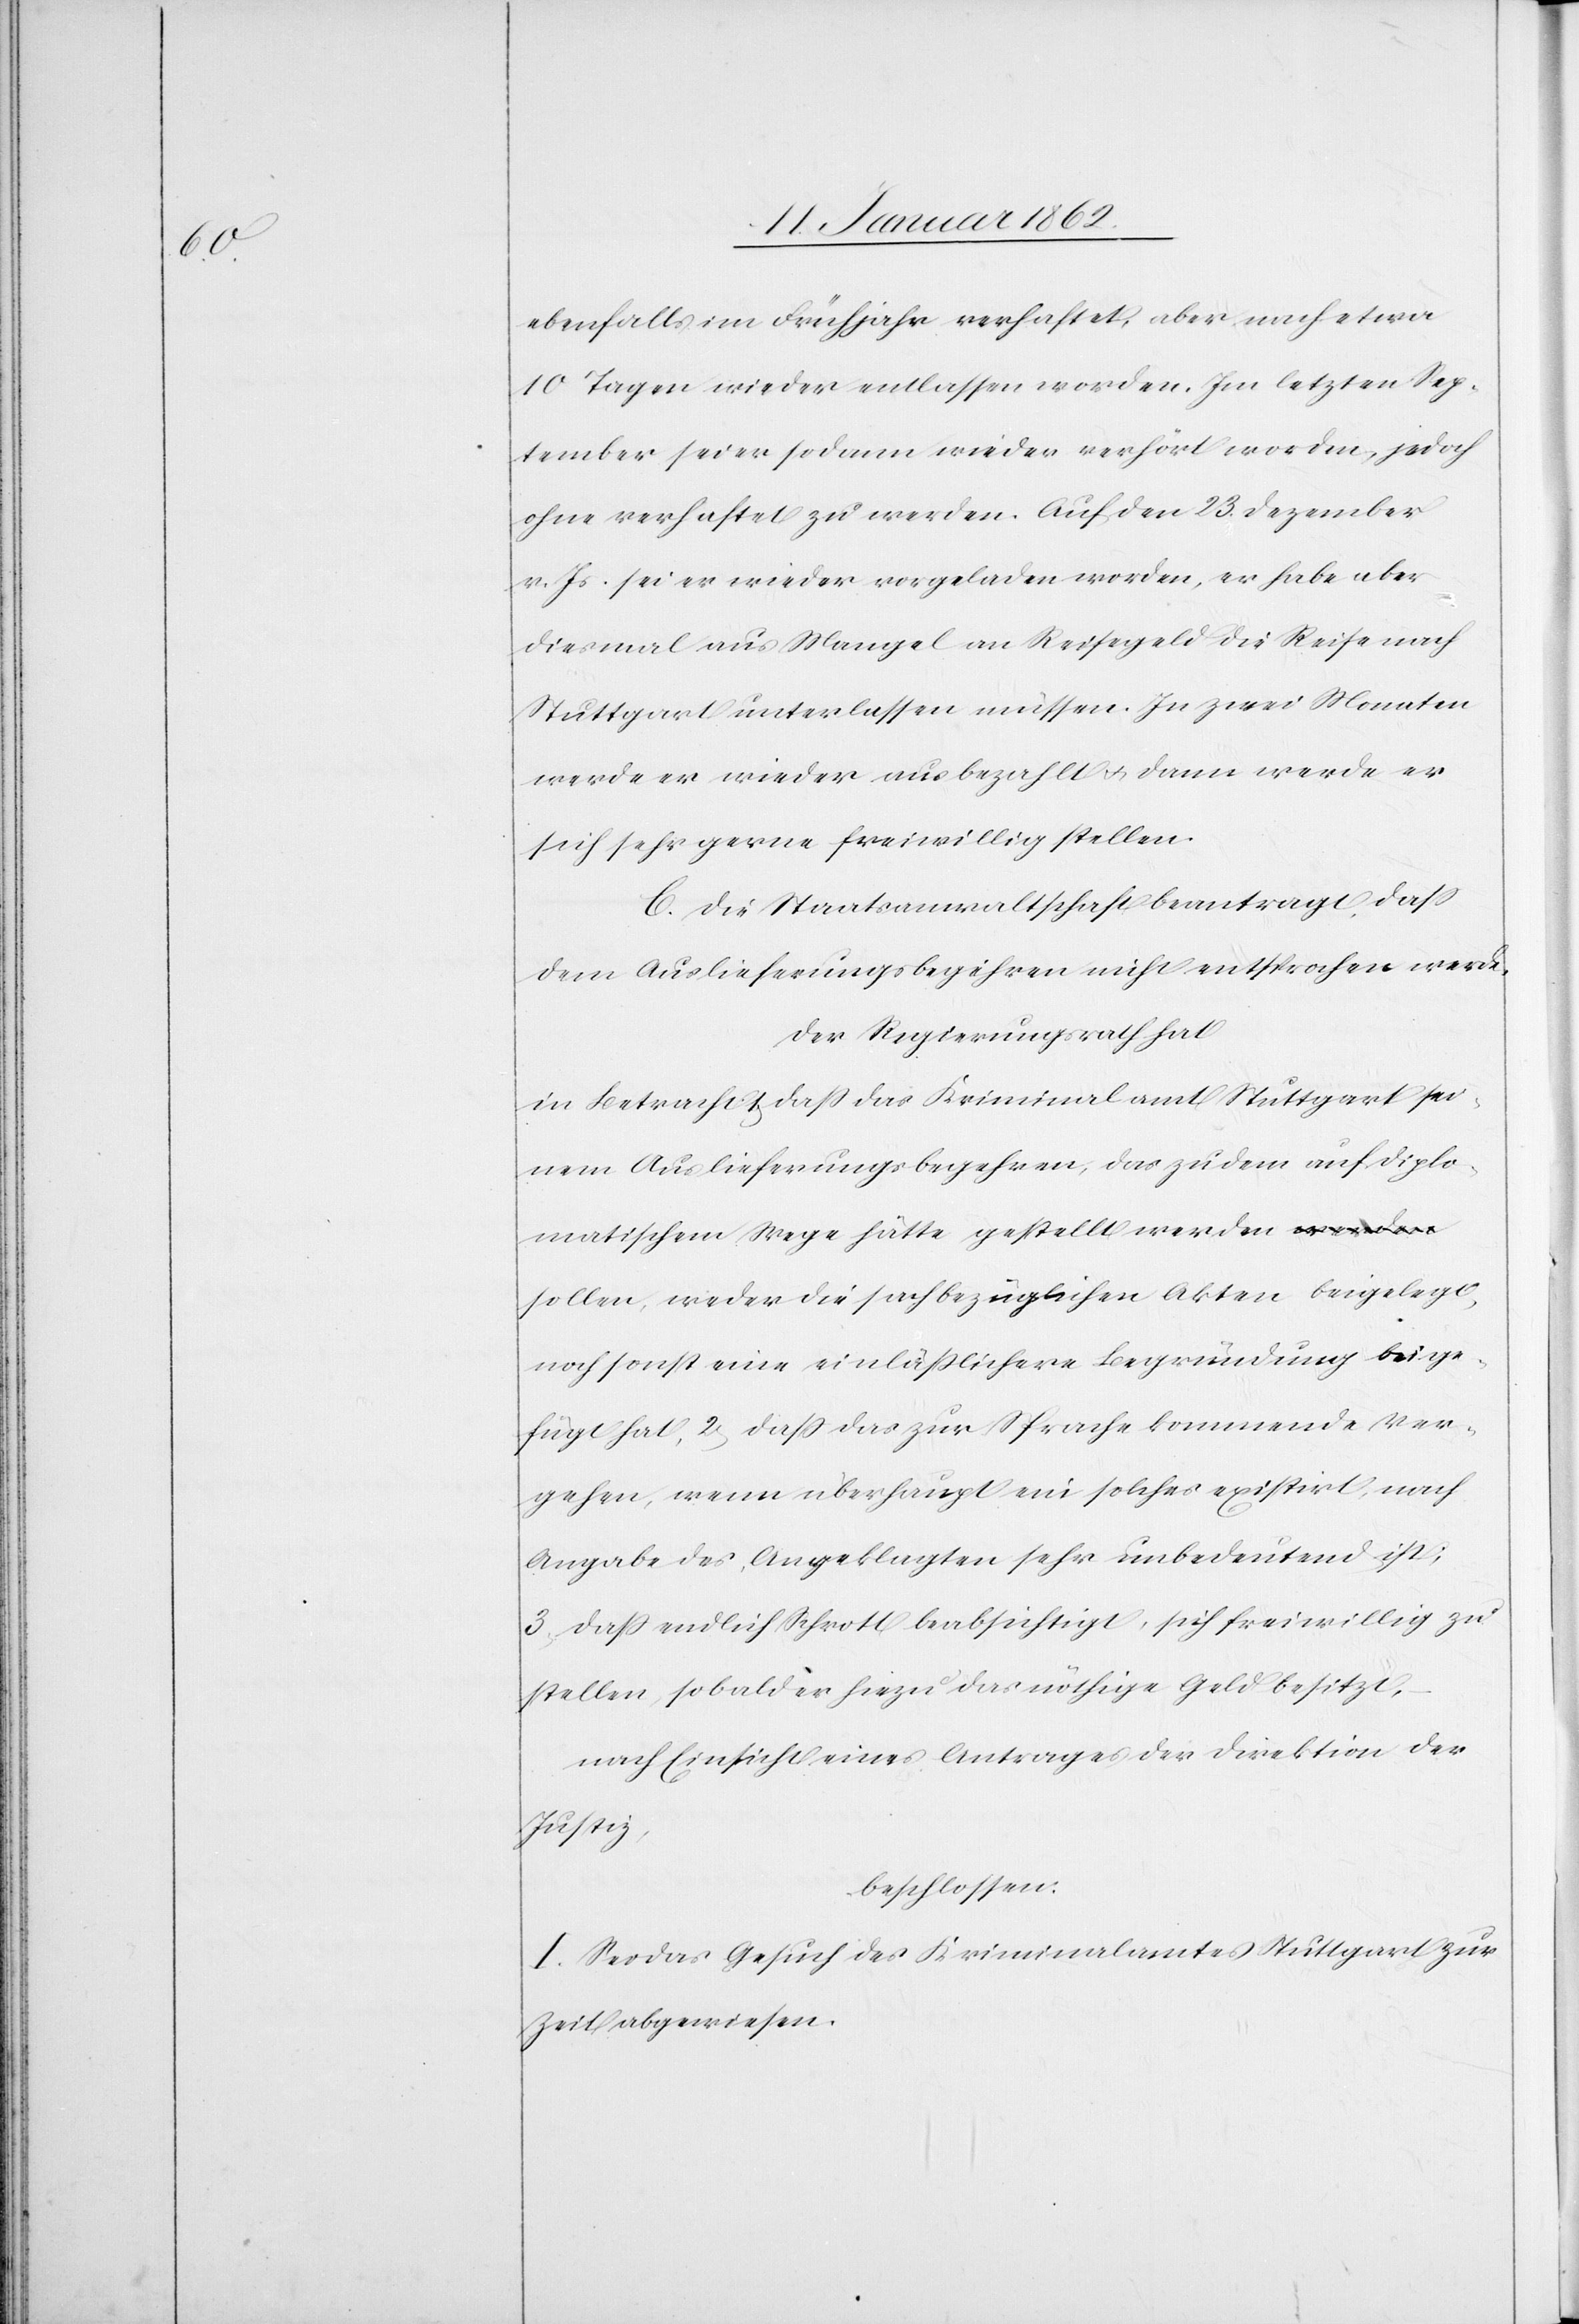
ebenfalls im Frühjahr verhaftet, aber nach etwa
10 Tagen wieder entlassen worden. Im letzten Sep¬
tember sei er sodann wieder verhört worden, jedoch
ohne verhaftet zu werden. Auf den 23. Dezember
v. Js. sei er wieder vorgeladen worden, er habe aber
diesmal aus Mangel an Reisegeld die Reise nach
Stuttgart unterlassen müssen. In zwei Monaten
werde er wieder ausbezahlt u. dann werde er
sich sehr gerne freiwillig stellen.
C. Die Staatsanwaltschaft beantragt, daß
dem Auslieferungsbegehren nicht entsprochen werde.
Der Regierungsrath hat
in Betracht 1, daß das Kriminalamt Stuttgart sei¬
nem Auslieferungsbegehren, das zudem auf diplo¬
matischem Wege hätte gestellt werden sollen,
noch sonst eine einläßlichere Begründung beige¬
fügt hat, 2, daß das zur Sprache kommende Ver¬
gehen, wenn überhaupt ein solches existirt, nach
Angabe des Angeklagten sehr unbedeutend ist;
3, daß endlich Schrott beabsichtigt, sich freiwillig zu
stellen, sobald er hiezu das nöthige Geld besitzt,
nach Einsicht eines Antrages der Direktion der
Justiz,
beschlossen:
I. Sei das Gesuch des Kriminalamtes Stuttgart zur
Zeit abgewiesen.